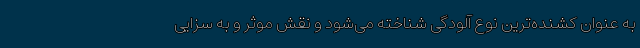
به عنوان کشنده‌ترین نوع آلودگی شناخته می‌شود و نقش موثر و به سزایی